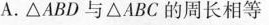
A.△ABD与△ABC的周长相等